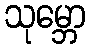
သုမ္ဘော